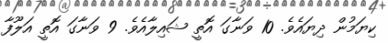
ކިޔަމުން ދިޔައެވެ. 10 ވަނާގަ އޮތީ ޝައިލާއެވެ. 9 ވަނާގަ އޮތީ އަލޫފާ